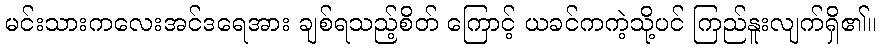
မင်းသားကလေးအင်ဒရေအား ချစ်ရသည့်စိတ် ကြောင့် ယခင်ကကဲ့သို့ပင် ကြည်နူးလျက်ရှိ၏။